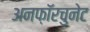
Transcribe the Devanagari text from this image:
अनफ़ॉरचुनेट